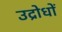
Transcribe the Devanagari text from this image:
उद्रोधों